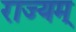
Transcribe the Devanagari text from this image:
राज्यम्